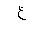
Letter: _kha